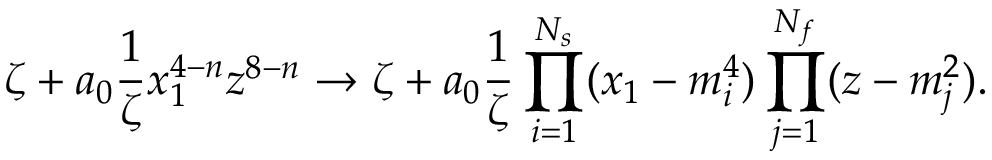
\zeta + a _ { 0 } \frac { 1 } { \zeta } x _ { 1 } ^ { 4 - n } z ^ { 8 - n } \to \zeta + a _ { 0 } \frac { 1 } { \zeta } \prod _ { i = 1 } ^ { N _ { s } } ( x _ { 1 } - m _ { i } ^ { 4 } ) \prod _ { j = 1 } ^ { N _ { f } } ( z - m _ { j } ^ { 2 } ) .